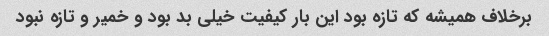
برخلاف همیشه که تازه بود این بار کیفیت خیلی بد بود و خمیر و تازه نبود